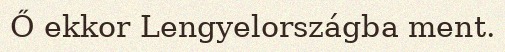
Ő ekkor Lengyelországba ment.